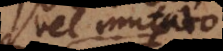
vel mutato